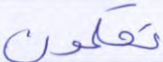
تحكمون